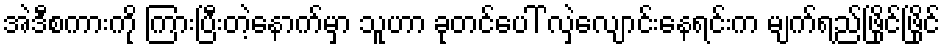
အဲဒီစကားကို ကြားပြီးတဲ့နောက်မှာ သူဟာ ခုတင်ပေါ် လှဲလျောင်းနေရင်းက မျက်ရည်ဖြိုင်ဖြိုင်